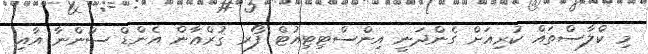
މި ކްލާސްތައް ކުރިއަށް ގެންދަނީ އިންސްޓިޓިއުޓް ފޯރ ޤުރްޢާން އެންޑް ސުންނާ އާއި